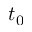
t _ { 0 }